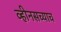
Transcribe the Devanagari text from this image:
व्हीनसच्याच